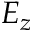
E _ { z }